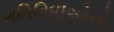
ગતિવિધીઓનો